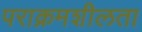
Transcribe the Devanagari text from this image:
पराक्रमशीलता